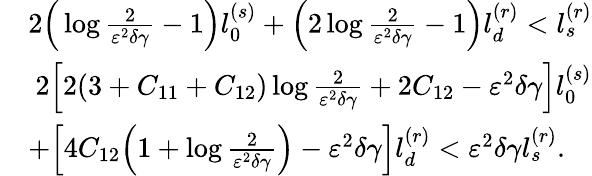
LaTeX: \begin{array}{rl}&{2\Big(\log\frac{2}{\varepsilon^{2}\delta\gamma}-1\Big)l_{0}^{(s)}+\Big(2\log\frac{2}{\varepsilon^{2}\delta\gamma}-1\Big)l_{d}^{(r)}<l_{s}^{(r)}}\\ &{~2\Big[2(3+C_{11}+C_{12})\log\frac{2}{\varepsilon^{2}\delta\gamma}+2C_{12}-\varepsilon^{2}\delta\gamma\Big]l_{0}^{(s)}}\\ &{+\Big[4C_{12}\Big(1+\log\frac{2}{\varepsilon^{2}\delta\gamma}\Big)-\varepsilon^{2}\delta\gamma\Big]l_{d}^{(r)}<\varepsilon^{2}\delta\gamma l_{s}^{(r)}.}\end{array}